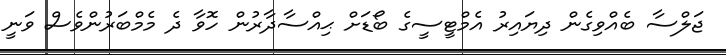
ޖަލްސާ ބެއްވިގެން ދިޔައިރު އެމްޓީސީގެ ބޯޑަށް ޙިއްސާދާރުން ހޮވާ ދެ މެމްބަރުންވެސް ވަނީ